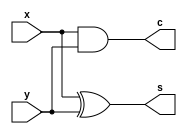
module half_adder(x,y,c,s);
input x, y;
output c, s; // always   reg .

assign c = x & y;
assign s = x ^ y;

endmodule